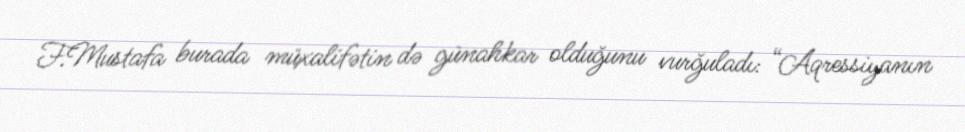
F.Mustafa burada müxalifətin də günahkar olduğunu vurğuladı: “Aqressiyanın